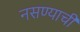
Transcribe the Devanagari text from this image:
नसण्याची